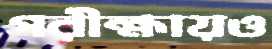
পরীক্ষায়ও